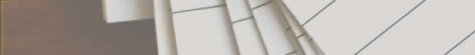
صيدلية الدواء الصحي تقدم